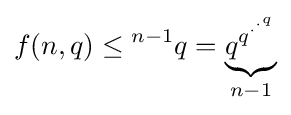
f(n,q)\leq {^{n-1}q}=\underbrace {q^{q^{\cdot ^{\cdot ^{q}}}}} _{n-1}